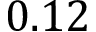
0 . 1 2